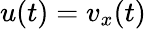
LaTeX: u(t)=v_{x}(t)